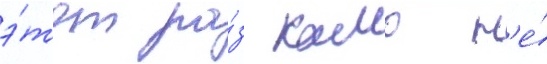
э́тот ра́з камо н'е́